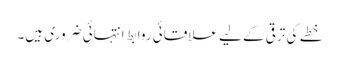
خطے کی ترقی کے لیے علاقائی روابط انتہائی ضروری ہیں۔